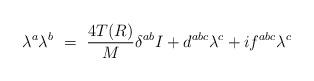
LaTeX: \begin{align*}\lambda^a \lambda^b ~=~ \frac{4T(R)}{M} \delta^{ab} I + d^{abc} \lambda^c+ i f^{abc} \lambda^c\end{align*}